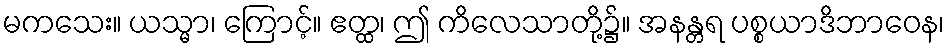
မကသေး။ ယသ္မာ၊ ကြောင့်။ ဧတ္ထ၊ ဤ ကိလေသာတို့၌။ အနန္တရ ပစ္စယာဒိဘာဝေန၊